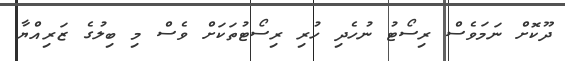
ދޫކޮށް ނަމަވެސް ރިސޯޓު ނުހެދި ހުރި ރިސޯޓުތަކަށް ވެސް މި ބިލުގެ ޒަރިއްޔާ